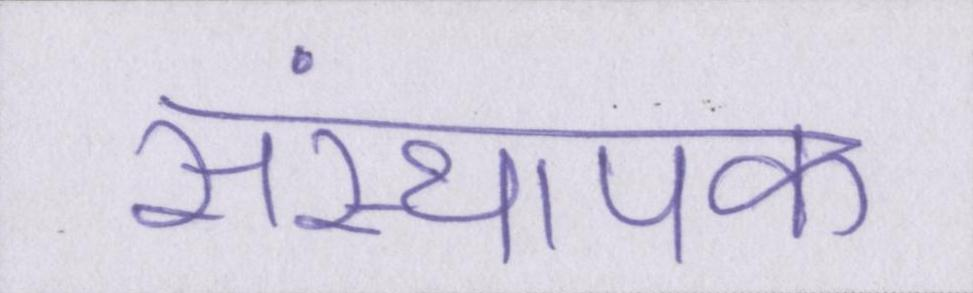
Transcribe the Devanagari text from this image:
संस्थापक